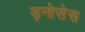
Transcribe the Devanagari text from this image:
ड्नोसेस